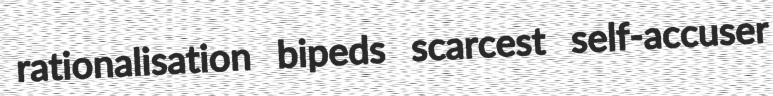
rationalisation bipeds scarcest self-accuser